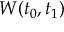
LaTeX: W ( t _ { 0 } , t _ { 1 } )